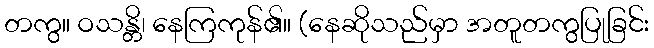
တကွ။ ဝသန္တိ၊ နေကြကုန်၏။ (နေဆိုသည်မှာ အတူတကွပြုခြင်း